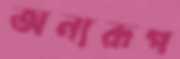
অন্যরূপ